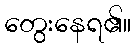
တွေးနေရ၏။